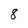
Character: 8